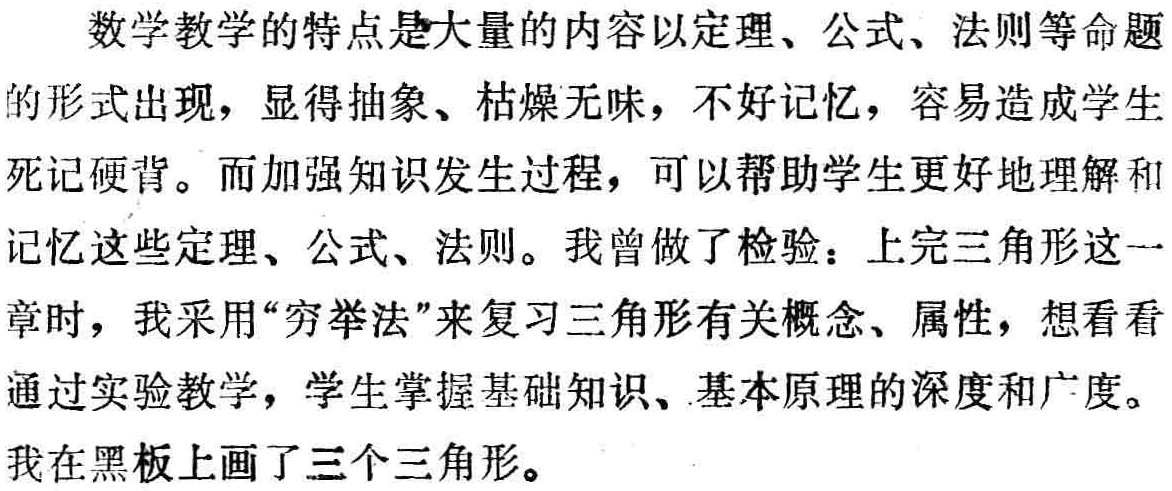
数学教学的特点是大量的内容以定理、公式、法则等命题的形式出现，显得抽象、枯燥无味，不好记忆，容易造成学生死记硬背。而加强知识发生过程，可以帮助学生更好地理解和记忆这些定理、公式、法则。我曾做了检验：上完三角形这一章时，我采用“穷举法”来复习三角形有关概念、属性，想看看通过实验教学，学生掌握基础知识、基本原理的深度和广度。我在黑板上画了三个三角形。